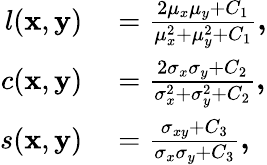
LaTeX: \begin{array}{rl}{l(\textbf{x},\textbf{y})}&{{}=\frac{2\mu_{x}\mu_{y}+C_{1}}{\mu_{x}^{2}+\mu_{y}^{2}+C_{1}}\textbf{,}}\\ {c(\textbf{x},\textbf{y})}&{{}=\frac{2\sigma_{x}\sigma_{y}+C_{2}}{\sigma_{x}^{2}+\sigma_{y}^{2}+C_{2}}\textbf{,}}\\ {s(\textbf{x},\textbf{y})}&{{}=\frac{\sigma_{xy}+C_{3}}{\sigma_{x}\sigma_{y}+C_{3}}\textbf{,}}\end{array}